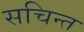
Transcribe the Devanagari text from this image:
सचिन्त